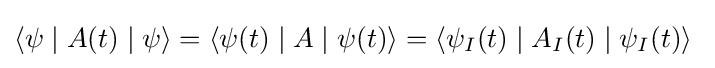
\langle \psi \mid A(t)\mid \psi \rangle =\langle \psi (t)\mid A\mid \psi (t)\rangle =\langle \psi _{I}(t)\mid A_{I}(t)\mid \psi _{I}(t)\rangle ~